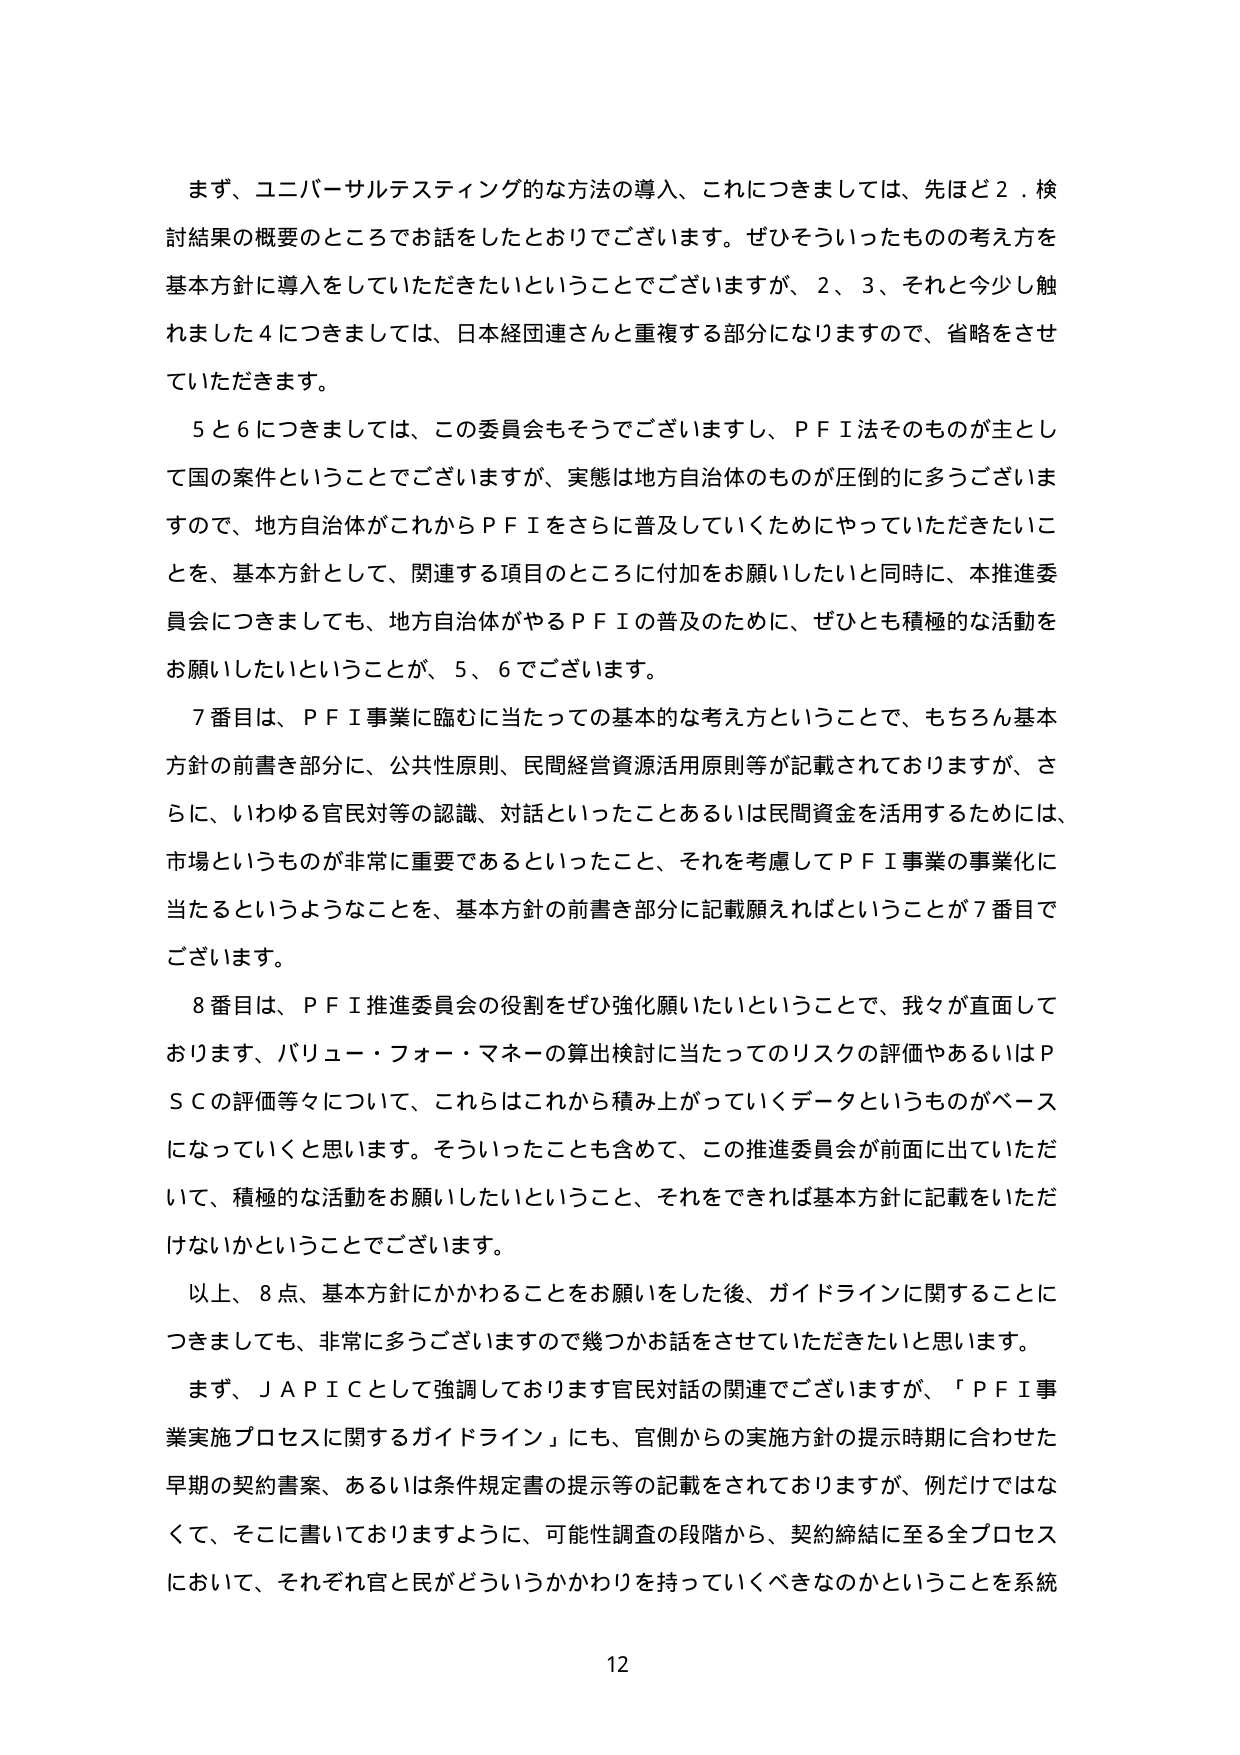
まず、ユニバーサルテスティング的な方法の導入、これにつきましては、先ほど２．検討結果の概要のところでお話をしたとおりでございます。ぜひそういったものの考え方を基本方針に導入をしていただきたいということでございますが、２、３、それと今少し触れました４につきましては、日本経団連さんと重複する部分になりますので、省略をさせていただきます。

５と６につきましては、この委員会もそうでございますし、ＰＦＩ法そのものが主として国の案件ということでございますが、実態は地方自治体のものが圧倒的に多ございますので、地方自治体がこれからＰＦＩをさらに普及していくためにやっていただきたいことを、基本方針として、関連する項目のところに付加をお願いしたいと同時に、本推進委員会につきましても、地方自治体がやるＰＦＩの普及のために、ぜひとも積極的な活動をお願いしたいということが、５、６でございます。

７番目は、ＰＦＩ事業に臨むに当たっての基本的な考え方ということで、もちろん基本方針の前書き部分に、公共性原則、民間経営資源活用原則等が記載されておりますが、さらに、いわゆる官民対等の認識、対話といったことあるいは民間資金を活用するためには、市場というものが非常に重要であるといったこと、それを考慮してＰＦＩ事業の事業化に当たるというようなことを、基本方針の前書き部分に記載願えればということが７番目でございます。

８番目は、ＰＦＩ推進委員会の役割をぜひ強化願いたいということで、我々が直面しております、バリュー・フォー・マネーの算出検討に当たってのリスクの評価やあるいはＰＳＣの評価等々について、これらはこれから積み上がっていくデータというものがベースになっていくと思います。そういったことも含めて、この推進委員会が前面に出ていただいて、積極的な活動をお願いしたいということ、それをできれば基本方針に記載をいただけないかということでございます。

以上、８点、基本方針にかかわることをお願いをした後、ガイドラインに関することにつきましても、非常に多ございますので幾つかお話をさせていただきたいと思います。

まず、ＪＡＰＩＣとして強調しております官民対話の関連でございますが、「ＰＦＩ事業実施プロセスに関するガイドライン」にも、官側からの実施方針の提示時期に合わせた早期の契約書案、あるいは条件規定書の提示等の記載をされておりますが、例だけではなくて、そこに書いておりますように、可能性調査の段階から、契約締結に至る全プロセスにおいて、それぞれ官と民がどういうかかわりを持っていくべきなのかということを系統

12